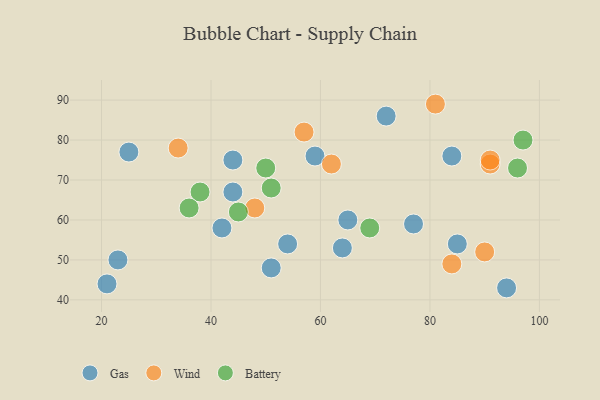
{"axis": {"x": "GDP", "y": "Life Expectancy"}, "legend": ["Battery", "Gas", "Wind"], "data": [{"x": "42", "y": 58, "type": "Gas"}, {"x": "64", "y": 53, "type": "Gas"}, {"x": "51", "y": 48, "type": "Gas"}, {"x": "94", "y": 43, "type": "Gas"}, {"x": "77", "y": 59, "type": "Gas"}, {"x": "54", "y": 54, "type": "Gas"}, {"x": "44", "y": 75, "type": "Gas"}, {"x": "44", "y": 67, "type": "Gas"}, {"x": "59", "y": 76, "type": "Gas"}, {"x": "21", "y": 44, "type": "Gas"}, {"x": "23", "y": 50, "type": "Gas"}, {"x": "85", "y": 54, "type": "Gas"}, {"x": "84", "y": 76, "type": "Gas"}, {"x": "72", "y": 86, "type": "Gas"}, {"x": "25", "y": 77, "type": "Gas"}, {"x": "65", "y": 60, "type": "Gas"}, {"x": "48", "y": 63, "type": "Wind"}, {"x": "84", "y": 49, "type": "Wind"}, {"x": "62", "y": 74, "type": "Wind"}, {"x": "34", "y": 78, "type": "Wind"}, {"x": "91", "y": 74, "type": "Wind"}, {"x": "81", "y": 89, "type": "Wind"}, {"x": "91", "y": 75, "type": "Wind"}, {"x": "57", "y": 82, "type": "Wind"}, {"x": "90", "y": 52, "type": "Wind"}, {"x": "45", "y": 62, "type": "Battery"}, {"x": "38", "y": 67, "type": "Battery"}, {"x": "97", "y": 80, "type": "Battery"}, {"x": "69", "y": 58, "type": "Battery"}, {"x": "96", "y": 73, "type": "Battery"}, {"x": "36", "y": 63, "type": "Battery"}, {"x": "51", "y": 68, "type": "Battery"}, {"x": "50", "y": 73, "type": "Battery"}]}